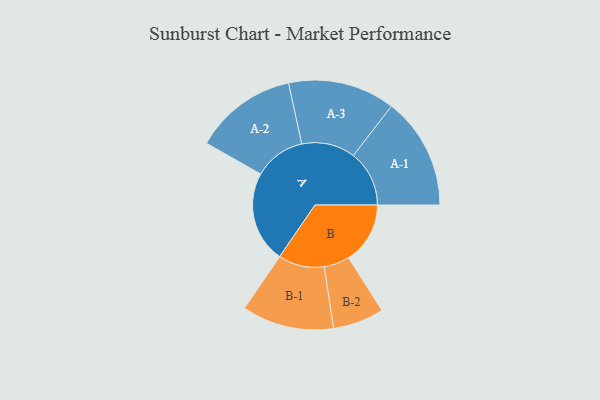
{"axis": {"x": "Segment", "y": "Value"}, "legend": ["", "A", "B"], "data": [{"x": "A", "y": 486, "type": ""}, {"x": "B", "y": 328, "type": ""}, {"x": "A-1", "y": 298, "type": "A"}, {"x": "A-2", "y": 274, "type": "A"}, {"x": "A-3", "y": 285, "type": "A"}, {"x": "B-1", "y": 245, "type": "B"}, {"x": "B-2", "y": 136, "type": "B"}]}